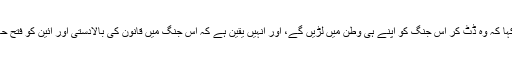
انہوں نے کہا کہ وہ ڈٹ کر اس جنگ کو اپنے ہی وطن میں لڑیں گے، اور انہیں یقین ہے کہ اس جنگ میں قانون کی بالادستی اور آئین کو فتح حاصل ہوگی۔